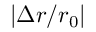
| \Delta r / r _ { 0 } |